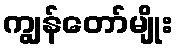
ကျွန်တော်မျိုး